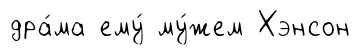
дра́ма ему́ му́жем Хэнсон